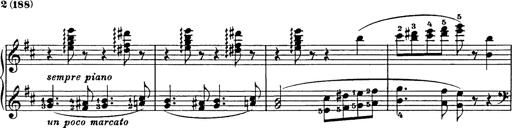
Title: Hungarian Rhapsody No.17
Composer: Franz Liszt
Key: D minor